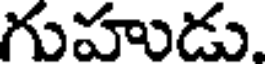
గుహుడు.